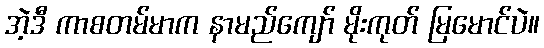
အဲ့ဒီ ကာစတမ်မာက နာမည်ကျော် မိုးကုတ် မြမောင်ပဲ။